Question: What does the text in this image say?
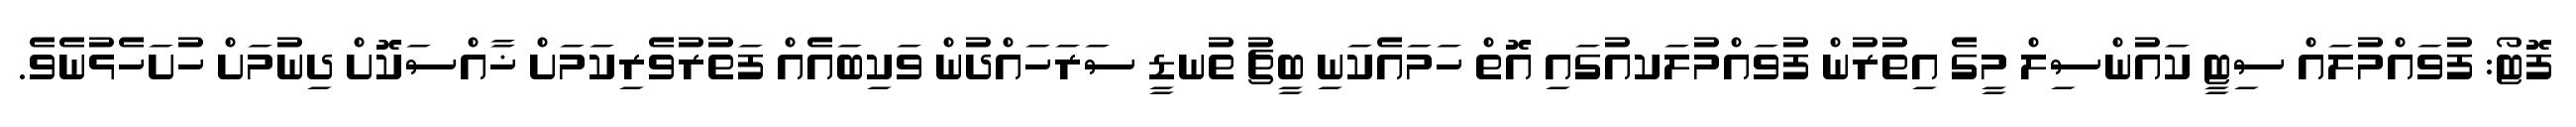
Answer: ފޮޓޯ: ފުވައްމުލައް ސިޓީ ކައުންސިލް މީގެ އިތުރުން ފުވައްމުލަކއުގައި އޮތް ހަމައެކަނި ބީޗު ތުނޑީ ސަރަހައްދުން ވަކިބައެއް ފަތުރުވެރިކަމަށް ޚާއްސަކޮށް ދިނުމަށް ހުށަހެޅުނެވެ.